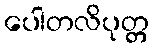
ပေါတလိပုတ္တ